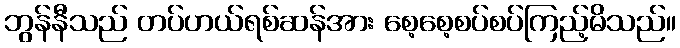
ဘွန်နီသည် တပ်ဟယ်ရစ်ဆန်အား စေ့စေ့စပ်စပ်ကြည့်မိသည်။